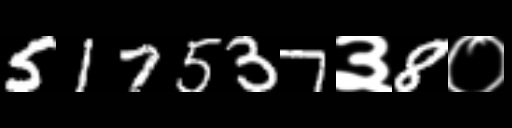
Text: 517537३8०